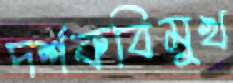
দর্শকবিমুখ